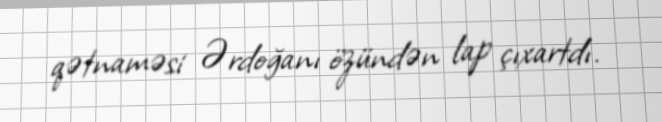
qətnaməsi Ərdoğanı özündən lap çıxartdı.